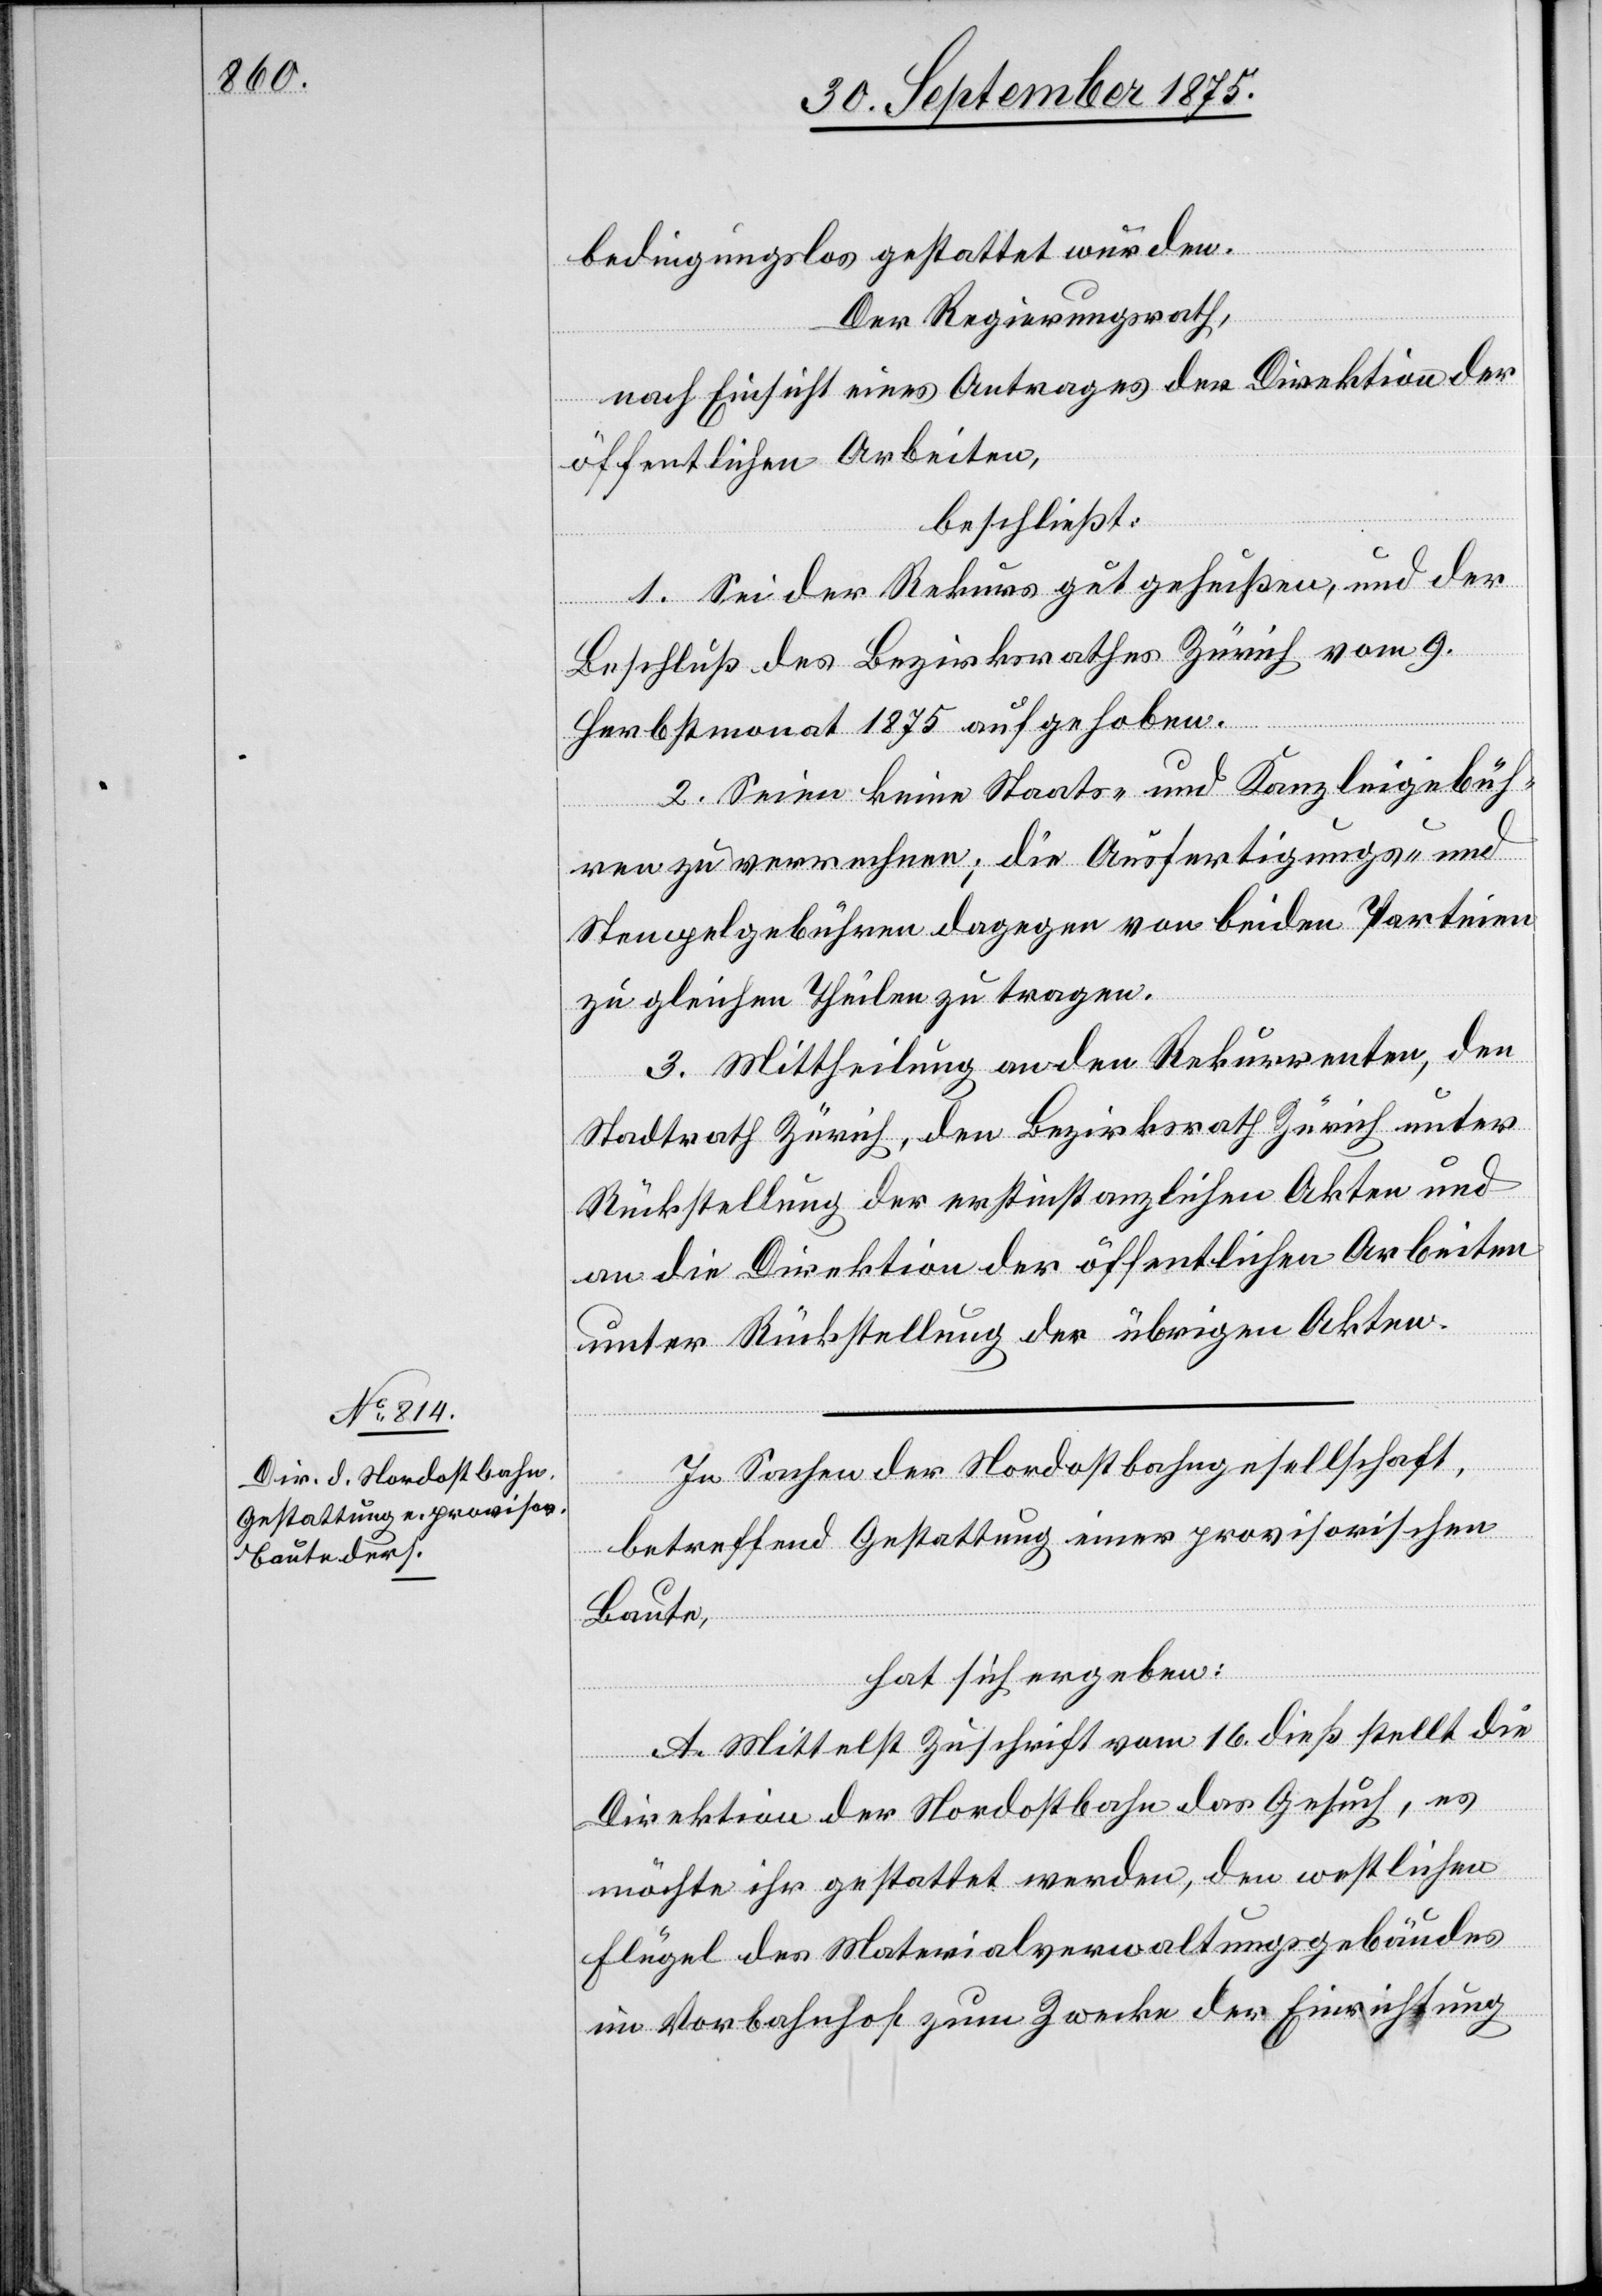
bedingungslos gestattet wurden.
Der Regierungsrath,
nach Einsicht eines Antrages der Direktion der
öffentlichen Arbeiten,
beschließt:
1. Sei der Rekurs gutgeheißen, und der
Beschluß des Bezirksrathes Zürich vom 9.
Herbstmonat 1875 aufgehoben.
2. Seien keine Staats- und Kanzleigebüh¬
ren zu verrechnen; die Ausfertigungs- und
Stempelgebühren dagegen von beiden Parteien
zu gleichen Theilen zu tragen.
3. Mittheilung an den Rekurrenten, den
Stadtrath Zürich, den Bezirksrath Zürich unter
Rückstellung der erstinstanzlichen Akten und
an die Direktion der öffentlichen Arbeiten
unter Rückstellung der übrigen Akten.
In Sachen der Nordostbahngesellschaft,
betreffend Gestattung einer provisorischen
Baute,
hat sich ergeben:
A. Mittelst Zuschrift vom 16. dieß stellt die
Direktion der Nordostbahn das Gesuch, es
möchte ihr gestattet werden, den westlichen
Flügel des Materialverwaltungsgebäudes
im Vorbahnhof zum Zwecke der Einrichtung